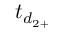
t _ { d _ { 2 + } }